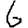
Digit: 6